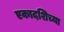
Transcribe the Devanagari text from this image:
एकादशिच्या